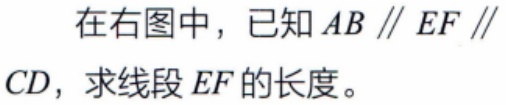
在右图中，已知 \(AB \parallel EF \parallel CD\)，求线段 \(EF\) 的长度。